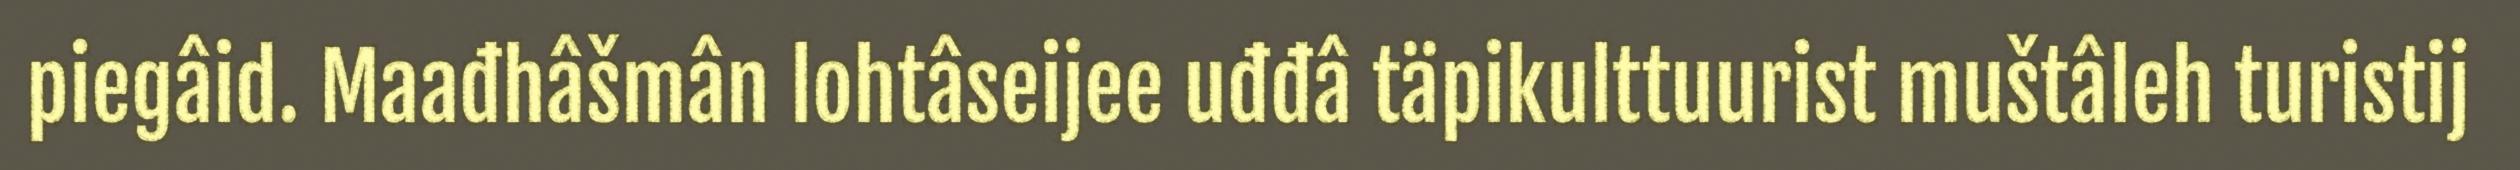
piegâid. Maađhâšmân lohtâseijee uđđâ täpikulttuurist muštâleh turistij